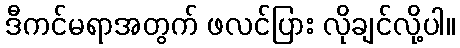
ဒီကင်မရာအတွက် ဖလင်ပြား လိုချင်လို့ပါ။